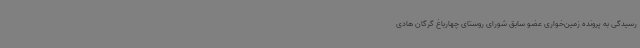
رسیدگی به پرونده زمین‌خواری عضو سابق شورای روستای چهارباغ گرگان هادی